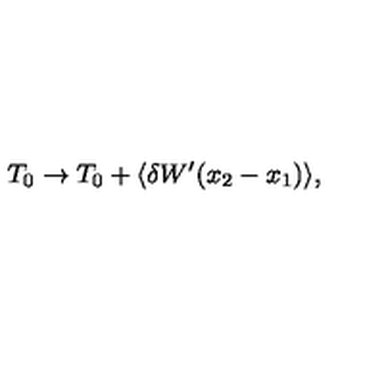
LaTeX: T _ { 0 } \rightarrow T _ { 0 } + \langle \delta W ^ { \prime } ( x _ { 2 } - x _ { 1 } ) \rangle ,